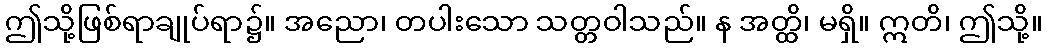
ဤသို့ဖြစ်ရာချုပ်ရာ၌။ အညော၊ တပါးသော သတ္တဝါသည်။ န အတ္ထိ၊ မရှိ။ ဣတိ၊ ဤသို့။